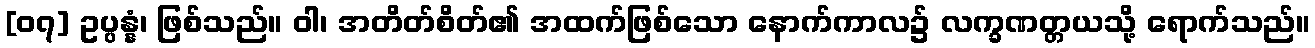
[၀၇] ဥပ္ပန္နံ၊ ဖြစ်သည်။ ဝါ၊ အတိတ်စိတ်၏ အထက်ဖြစ်သော နောက်ကာလ၌ လက္ခဏတ္တယသို့ ရောက်သည်။